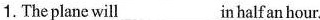
1.The plane will___ in half an hour.